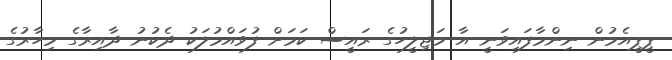
ޕީޕީއެމުން ނިންމާފައިވަނީ އާ މަޖިލީހުގެ ރައީސް ކަމަށް ފުވައްމުލަކު ދެކުނު ދާއިރާގެ މިހާރުގެ